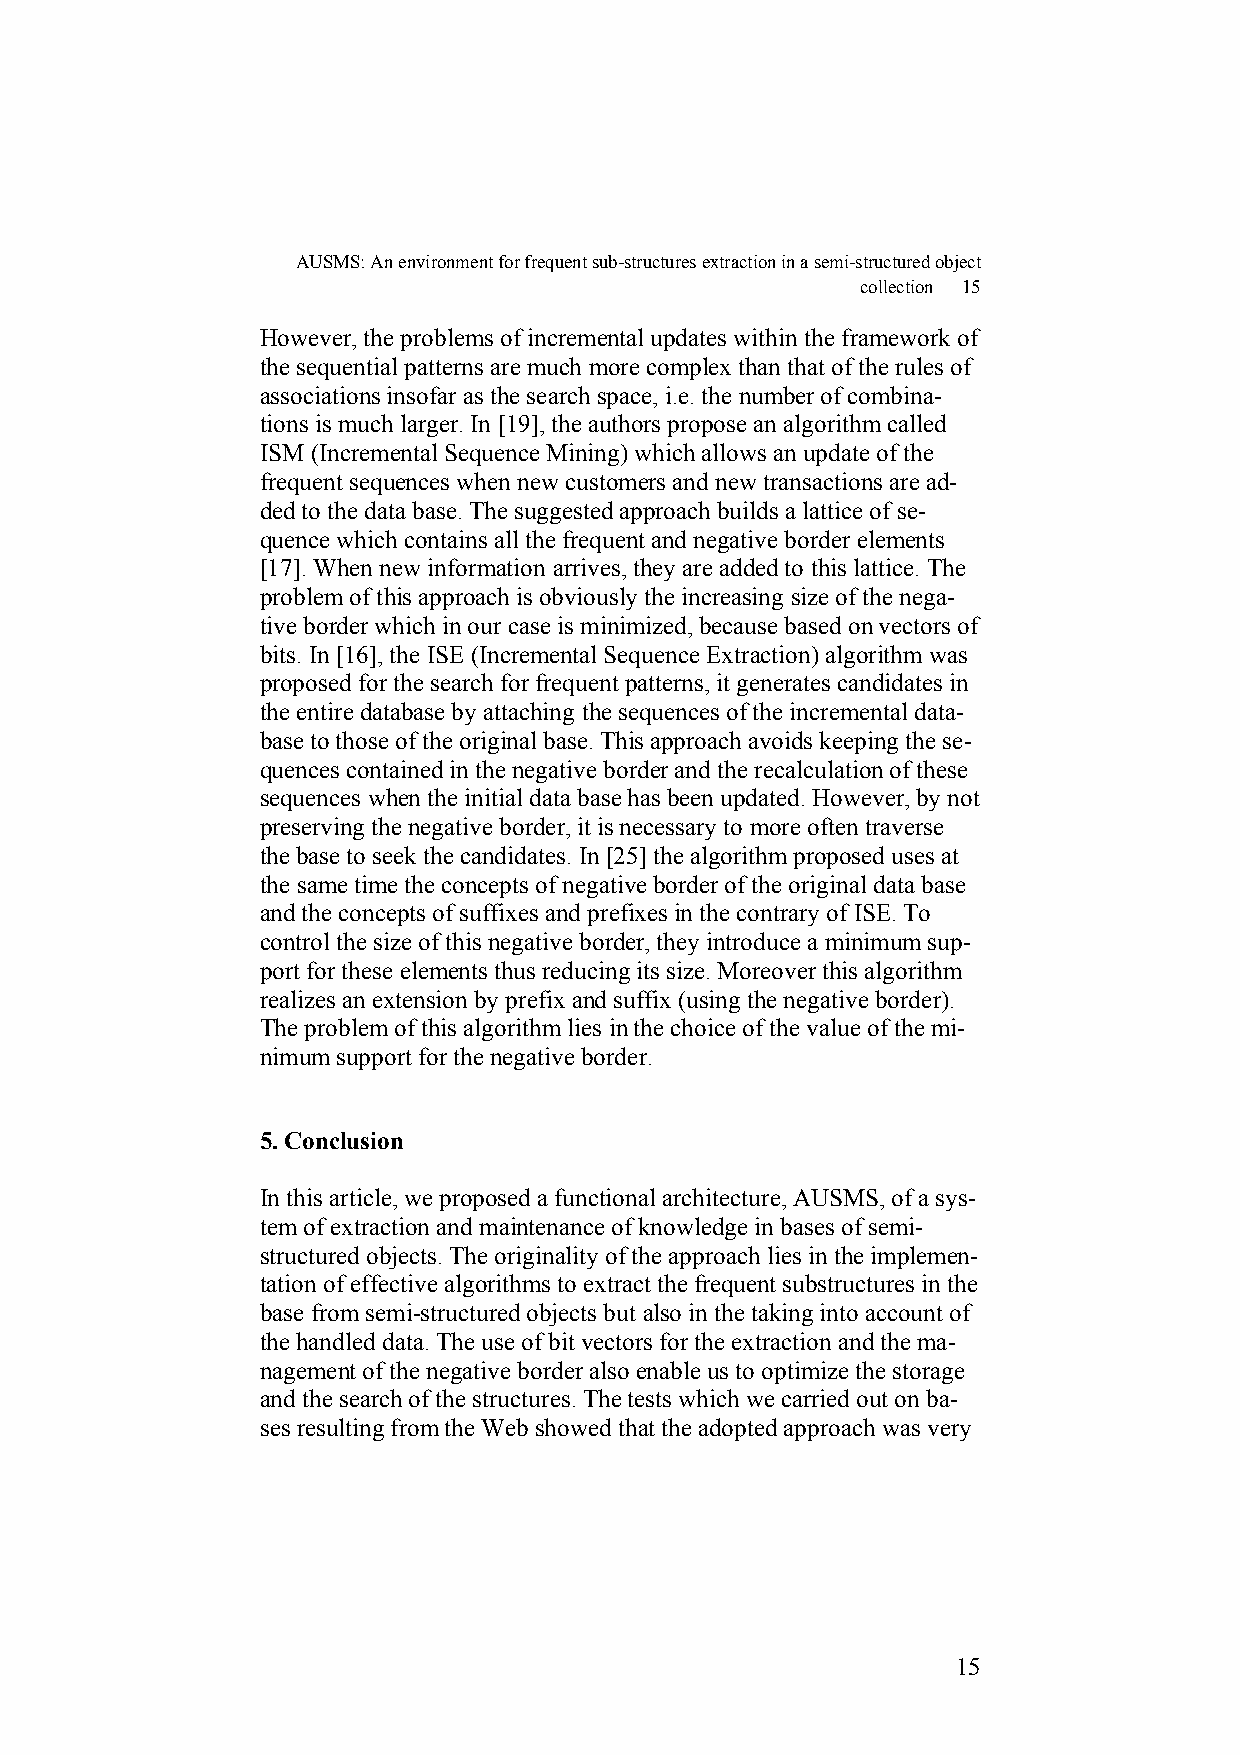
AUSMS: An environment for frequent sub-structures extraction in a semi-structured object
 collection 15
 However, the problems of incremental updates within the framework of
 the sequential patterns are much more complex than that of the rules of
 associations insofar as the search space, i.e. the number of combina-
 tions is much larger. In [19], the authors propose an algorithm called
 ISM (Incremental Sequence Mining) which allows an update of the
 frequent sequences when new customers and new transactions are ad-
 ded to the data base. The suggested approach builds a lattice of se-
 quence which contains all the frequent and negative border elements
 [17]. When new information arrives, they are added to this lattice. The
 problem of this approach is obviously the increasing size of the nega-
 tive border which in our case is minimized, because based on vectors of
 bits. In [16], the ISE (Incremental Sequence Extraction) algorithm was
 proposed for the search for frequent patterns, it generates candidates in
 the entire database by attaching the sequences of the incremental data-
 base to those of the original base. This approach avoids keeping the se-
 quences contained in the negative border and the recalculation of these
 sequences when the initial data base has been updated. However, by not
 preserving the negative border, it is necessary to more often traverse
 the base to seek the candidates. In [25] the algorithm proposed uses at
 the same time the concepts of negative border of the original data base
 and the concepts of suffixes and prefixes in the contrary of ISE. To
 control the size of this negative border, they introduce a minimum sup-
 port for these elements thus reducing its size. Moreover this algorithm
 realizes an extension by prefix and suffix (using the negative border).
 The problem of this algorithm lies in the choice of the value of the mi-
 nimum support for the negative border.
 5. Conclusion
 In this article, we proposed a functional architecture, AUSMS, of a sys-
 tem of extraction and maintenance of knowledge in bases of semi-
 structured objects. The originality of the approach lies in the implemen-
 tation of effective algorithms to extract the frequent substructures in the
 base from semi-structured objects but also in the taking into account of
 the handled data. The use of bit vectors for the extraction and the ma-
 nagement of the negative border also enable us to optimize the storage
 and the search of the structures. The tests which we carried out on ba-
 ses resulting from the Web showed that the adopted approach was very
 15